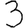
Digit: 3